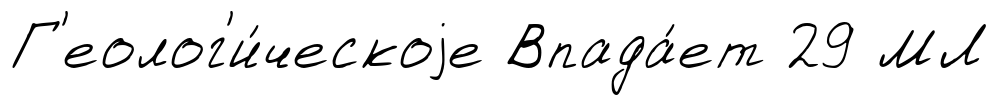
Г'еолог'и́ческоjе Впада́ет 29 МЛ